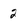
Character: 2